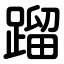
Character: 蹓